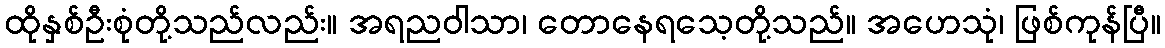
ထိုနှစ်ဦးစုံတို့သည်လည်း။ အရညဝါသာ၊ တောနေရသေ့တို့သည်။ အဟေသုံ၊ ဖြစ်ကုန်ပြီ။